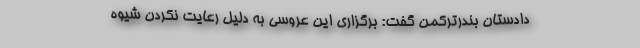
دادستان بندرترکمن گفت: برگزاری این عروسی به دلیل رعایت نکردن شیوه